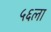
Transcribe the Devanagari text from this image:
५६ला